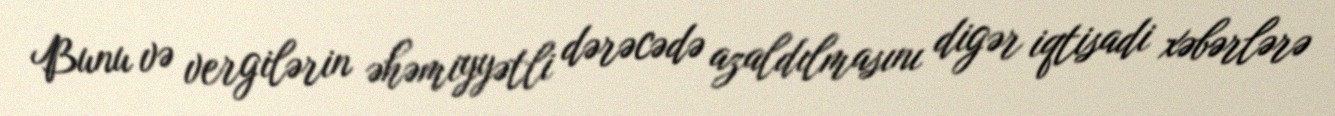
Bunu və vergilərin əhəmiyyətli dərəcədə azaldılmasını digər iqtisadi xəbərlərə